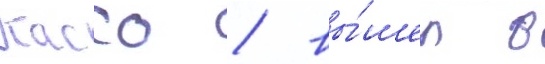
Кассо / вы́шел в